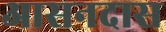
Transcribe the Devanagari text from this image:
आसनदास